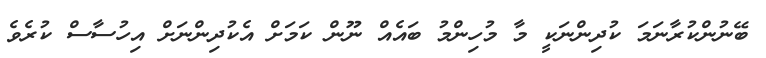
ބޭނުންކުރާނަމަ ކުދިންނަކީ މާ މުހިންމު ބައެއް ނޫން ކަމަށް އެކުދިންނަށް އިހުސާސް ކުރެވެ